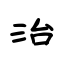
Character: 治